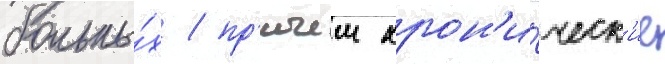
больны́х / пр'ичем хрон'и́ческ'ие